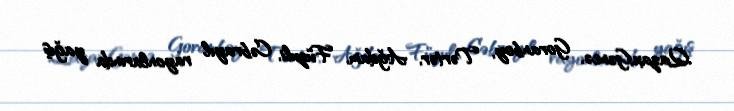
Qazax,Gəncə, Goranboy, Tərtər, Ağdam, Füzuli, Cəbrayıl rayonlarında yağış